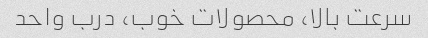
سرعت بالا، محصولات خوب، درب واحد